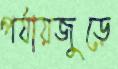
পর্যায়জুড়ে